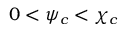
0 < \psi _ { c } < \chi _ { c }